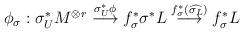
LaTeX: \begin{align*}\phi_{\sigma} : \sigma_U^*M^{\otimes r} \stackrel{\sigma^*_U\phi}{\longrightarrow} f_\sigma^*\sigma^*L \stackrel{f_{\sigma}^*(\widehat{\sigma_L})}{\longrightarrow} f_{\sigma}^*L \end{align*}